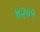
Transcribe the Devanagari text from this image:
४२०१